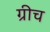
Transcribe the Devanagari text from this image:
ग्रीच